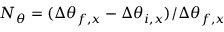
N _ { \theta } = ( \Delta \theta _ { f , x } - \Delta \theta _ { i , x } ) / \Delta \theta _ { f , x }